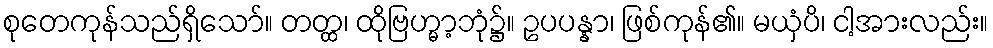
စုတေကုန်သည်ရှိသော်။ တတ္ထ၊ ထိုဗြဟ္မာ့ဘုံ၌။ ဥပပန္နာ၊ ဖြစ်ကုန်၏။ မယှံပိ၊ ငါ့အားလည်း။